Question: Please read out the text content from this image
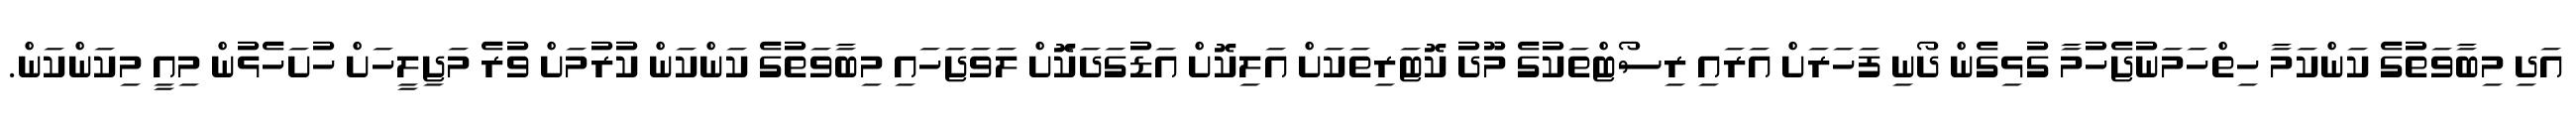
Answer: އަދި މިބާވަތުގެ ކަންކަމާ ހިތްހަމަނުޖެހުމާ ގުޅިގެން ދޯނި ފަހަރަށް އަރައި ރިސޯޓްތަކުގެ މޫދު ކޮޓަރިތަކަށް އަލިކޮށް އަޑުގަދަކަޮށް ލަވަޖަހައި މިބާވަތުގެ ކަންކަން ކުރުމަށް ވުރެ މަޖިލީހަށް ހުށަހެޅުން މިއީ މިކަންކަން.